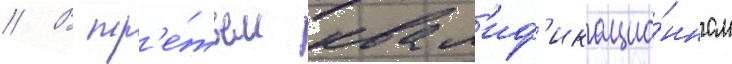
// В тр'е́тьем квал'иф'икацио́нном